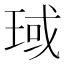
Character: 琙